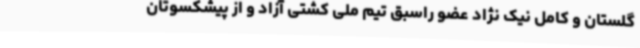
گلستان و کامل نیک نژاد عضو راسبق تیم ملی کشتی آزاد و از پیشکسوتان